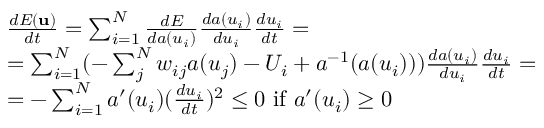
\begin{array} { r l } & { \frac { d E ( \mathbf { u } ) } { d t } = \sum _ { i = 1 } ^ { N } \frac { d E } { d a ( u _ { i } ) } \frac { d a ( u _ { i } ) } { d u _ { i } } \frac { d u _ { i } } { d t } = } \\ & { = \sum _ { i = 1 } ^ { N } ( - \sum _ { j } ^ { N } w _ { i j } a ( u _ { j } ) - U _ { i } + a ^ { - 1 } ( a ( u _ { i } ) ) ) \frac { d a ( u _ { i } ) } { d u _ { i } } \frac { d u _ { i } } { d t } = } \\ & { = - \sum _ { i = 1 } ^ { N } a ^ { \prime } ( u _ { i } ) ( \frac { d u _ { i } } { d t } ) ^ { 2 } \leq 0 \mathrm { ~ i f ~ } a ^ { \prime } ( u _ { i } ) \geq 0 } \end{array}